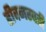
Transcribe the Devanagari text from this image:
हीवनस्पती